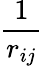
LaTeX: \frac{1}{r_{ij}}